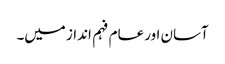
آسان اور عام فہم انداز میں۔